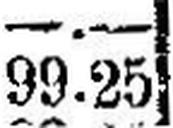
99.25